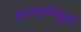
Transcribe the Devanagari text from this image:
बालकृष्णबुवा